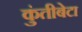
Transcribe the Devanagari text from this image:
कुंतीबेटा